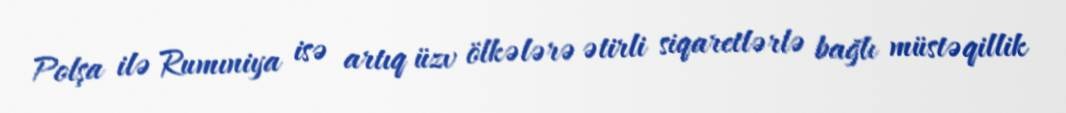
Polşa ilə Rumıniya isə artıq üzv ölkələrə ətirli siqaretlərlə bağlı müstəqillik